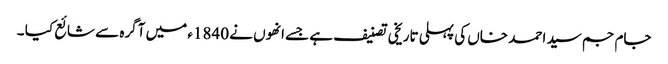
جام جم سید احمد خاں کی پہلی تاریخی تصنیف ہے جسے انھوں نے 1840ء میں آگرہ سے شائع کیا ۔